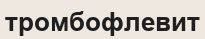
тромбофлевит